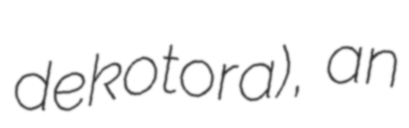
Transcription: dekotora), an